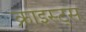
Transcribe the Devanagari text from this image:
क्राइस्ट्स